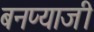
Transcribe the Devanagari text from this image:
बनप्याजी